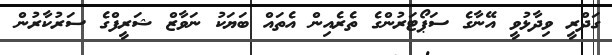
ގަދްރީ ވިދާޅުވީ އޭނާގެ ސަޕޯޓަރުންގެ ތެރެއިން އެތައް ބަޔަކު ނަވާޒް ޝަރީފްގެ ސަރުކާރުން